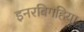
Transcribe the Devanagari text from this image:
इनरबिगहिया